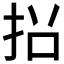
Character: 𭠡